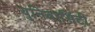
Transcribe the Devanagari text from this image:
युनिवार्सिटी